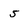
Character: 5